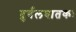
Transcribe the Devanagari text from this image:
दुर्बलघातकः